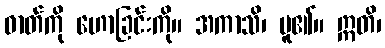
ဓာတ်ကို ဟောခြင်းကို။ အကာသိ၊ မူ၏။ ဣတိ၊